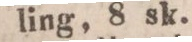
ling, 8 sk.